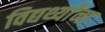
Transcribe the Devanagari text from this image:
विद्यर्थ्यांना